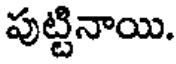
పుట్టినాయి.